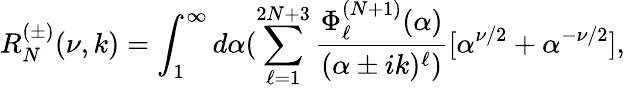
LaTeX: R_{N}^{(\pm)}(\nu,k)=\int_{1}^{\infty}d\alpha(\sum_{\ell=1}^{2N+3}\frac{\Phi_{\ell}^{(N+1)}(\alpha)}{(\alpha\pm ik)^{\ell})}[\alpha^{\nu/2}+\alpha^{-\nu/2}],